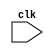
module manual_control_rele(clk);
input clk;


always @(posedge clk) begin
	
	
	
end

endmodule